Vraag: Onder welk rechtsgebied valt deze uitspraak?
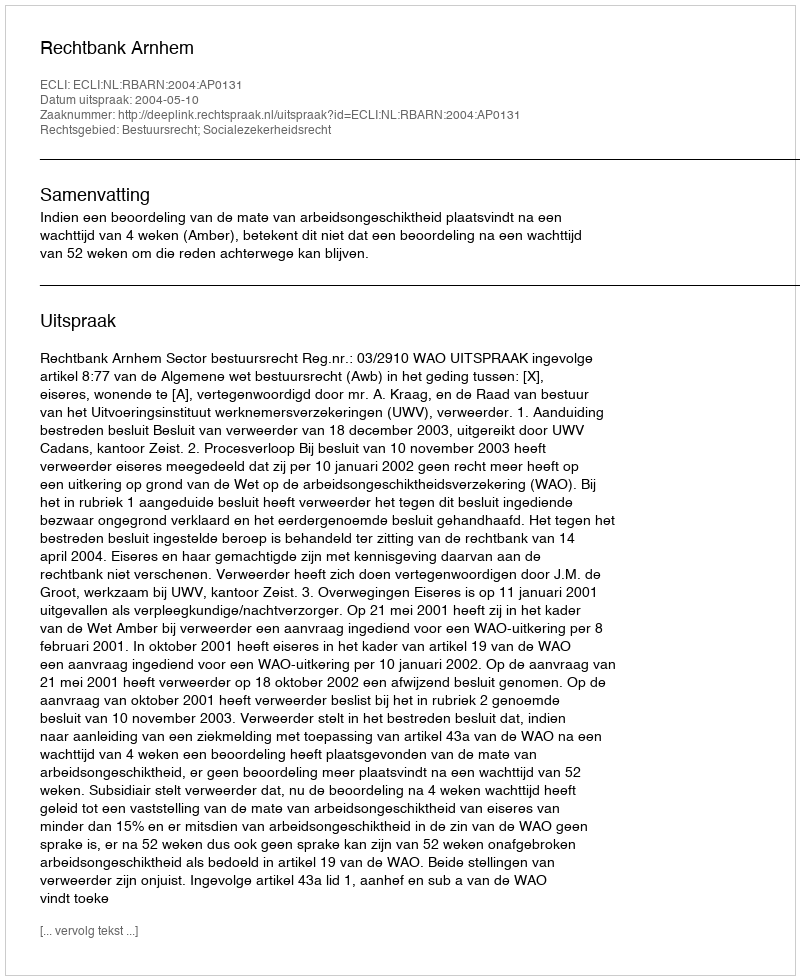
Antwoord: Bestuursrecht; Socialezekerheidsrecht